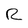
Character: R